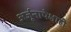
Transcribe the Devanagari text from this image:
अर्जूनापेक्षाही